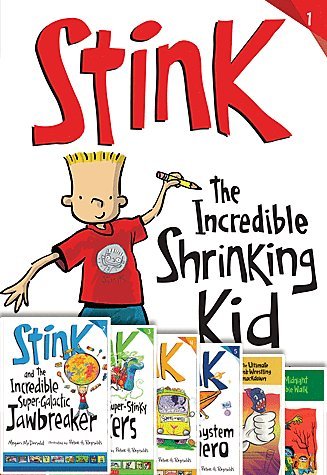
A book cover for Stink Moody 7 Books- The World's Worst Super-stinky Sneakers, Solar System Superhero, the Incredible Shrinking Kid, Midnight Zombie Walk, the Incredible Super-galactic Jawbreaker, the Ultimate Thumb-wrestling Smackdown, the Great Guinea Pig Express,; megan mcDonald; Science & Math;